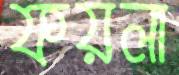
ফয়লা